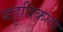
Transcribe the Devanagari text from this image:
बहुविकल्प